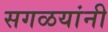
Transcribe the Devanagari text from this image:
सगळयांनी